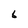
Character: 6